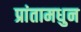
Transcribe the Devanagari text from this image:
प्रांतामधुन